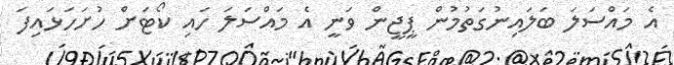
އެ މައްސަލަ ބަލައިނުގަތުމުން ޕީޖީން ވަނީ އެ މައްސަލަ ހައި ކޯޓަށް ހުށަހަޅައިފަ